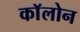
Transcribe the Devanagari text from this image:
काॅलोन